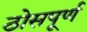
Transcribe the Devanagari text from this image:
ठोसपूर्ण